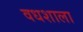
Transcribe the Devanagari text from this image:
वधशाला